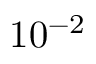
1 0 ^ { - 2 }